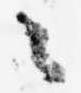
々